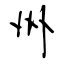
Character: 州